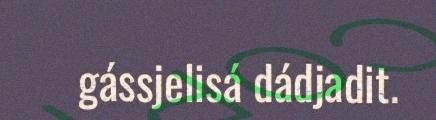
gássjelisá dádjadit.